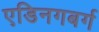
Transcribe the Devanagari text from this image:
एडिनगबर्ग